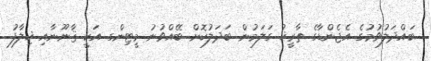
ބައްދަލުވުމުގެ އެޖެންޑާގެ ތާރީޚު ގަލަމުން ބަދަލުކޮށް ބޭއްވުނު މީޓިންގ އަކީ ޤާނޫނާއި ޚިލާފު